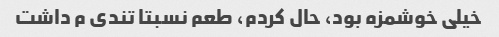
خیلی خوشمزه بود، حال کردم، طعم نسبتا تندی م داشت